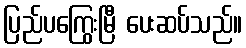
ပြည်ပကြွေးမြီ ပေးဆပ်သည်။